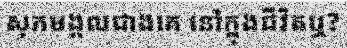
សុភមង្គលជាងគេ នៅក្នុងជីវិតឬ?